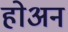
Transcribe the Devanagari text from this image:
होअन